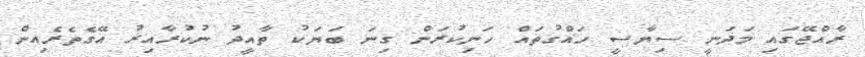
ރާއްޖޭގައި މަދަނީ ސިޔާސީ ހައްގުތައް ހަނިކުރަން ގިނަ ބަޔަކު ތާއީދު ނުކުރާއިރު އޭގެތެރެއިން